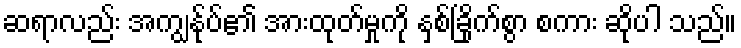
ဆရာလည်း အကျွန်ုပ်၏ အားထုတ်မှုကို နှစ်ခြိုက်စွာ စကား ဆိုပါ သည်။